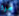
مرة